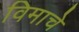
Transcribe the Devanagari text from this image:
विमाचे